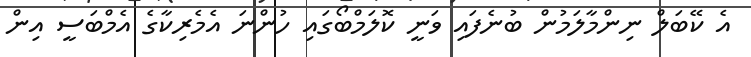
އެ ކޭބަލް ނިންމާލަމުން ބުނެފައި ވަނީ ކޮލަމްބޯގައި ހުންނަ އެމެރިކާގެ އެމްބަސީ އިން